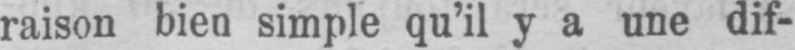
raison bien simple qu’il y a une dif-